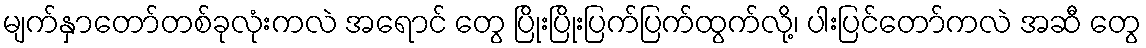
မျက်နှာတော်တစ်ခုလုံးကလဲ အရောင် တွေ ပြိုးပြိုးပြက်ပြက်ထွက်လို့၊ ပါးပြင်တော်ကလဲ အဆီ တွေ